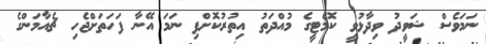
ނަމަވެސް ޝަވީދު ވިދާޅުވީ ކޮމެޓީގެ މުއްދަތު އިތުރުކޮށްފި ނަމަ އޭނާ ފަހަތަށްޖެހި ޗެއާމަންގެ